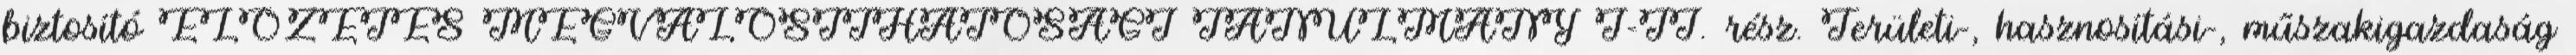
biztosító ELŐZETES MEGVALÓSÍTHATÓSÁGI TANULMÁNY I-II. rész. Területi-, hasznosítási-, műszakigazdaság